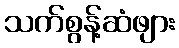
သက်စွန့်ဆံဖျား